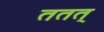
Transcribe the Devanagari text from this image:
ततत्‌